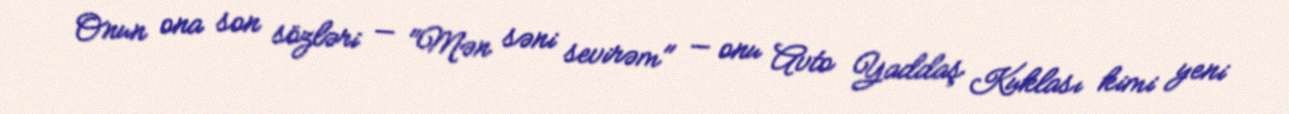
Onun ona son sözləri — "Mən səni sevirəm" — onu Avto Yaddaş Kuklası kimi yeni